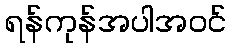
ရန်ကုန်အပါအဝင်